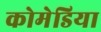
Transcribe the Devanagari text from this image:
कोमेडिया